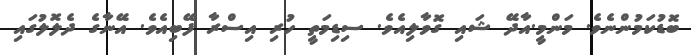
ބޮޑުކަމުންނެވެ. މަންމީ.އާދޭ ޝައި ގޮވާލިއެވެ. ސިޑިމަތީ ހުރި އިސްރާ ފޭބިއެވެ. އޭނާގެ ދެލޮލުގައި